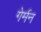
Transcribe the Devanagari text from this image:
गेर्मन